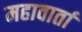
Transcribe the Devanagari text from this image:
महावार्ता